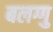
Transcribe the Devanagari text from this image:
बलग्गु